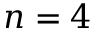
n = 4